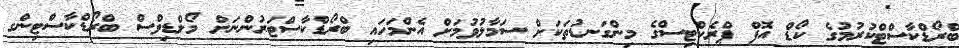
ބްރޯޑްކާސްޓްކުރުމުގެ ކޯޑް އޮފް ޕްރެކްޓިސްގެ މިންގަނޑުތަކަށް ސަމާލުވުމަށް އެންމަހައި ބްރޯޑްކާސްޓަރުންނަށް މޯލްޑިވްސް ބްރޯޑްކާސްޓިންގ